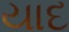
યાદ